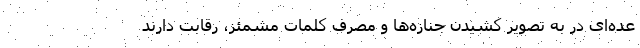
عده‌ای در به تصویر کشیدن جنازه‌ها و مصرفِ کلمات مشمئز، رقابت دارند